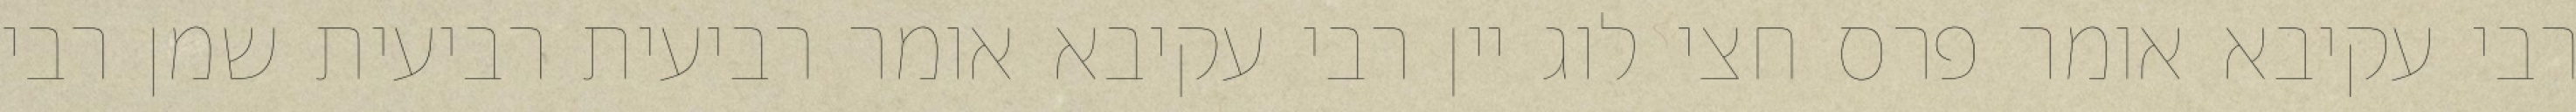
רבי עקיבא אומר פרס חצי לוג יין רבי עקיבא אומר רביעית רביעית שמן רבי